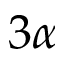
3 \alpha